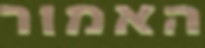
האמור